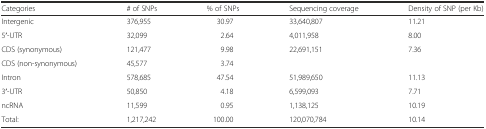
<table><thead><tr><td><b>Categories</b></td><td><b># of SNPs</b></td><td><b>% of SNPs</b></td><td><b>Sequencing coverage</b></td><td><b>Density of SNP (per Kb)</b></td></tr></thead><tbody><tr><td>Intergenic</td><td>376,955</td><td>30.97</td><td>33,640,807</td><td>11.21</td></tr><tr><td>5′-UTR</td><td>32,099</td><td>2.64</td><td>4,011,958</td><td>8.00</td></tr><tr><td>CDS (synonymous)</td><td>121,477</td><td>9.98</td><td rowspan="2">22,691,151</td><td rowspan="2">7.36</td></tr><tr><td>CDS (non-synonymous)</td><td>45,577</td><td>3.74</td></tr><tr><td>Intron</td><td>578,685</td><td>47.54</td><td>51,989,650</td><td>11.13</td></tr><tr><td>3′-UTR</td><td>50,850</td><td>4.18</td><td>6,599,093</td><td>7.71</td></tr><tr><td>ncRNA</td><td>11,599</td><td>0.95</td><td>1,138,125</td><td>10.19</td></tr><tr><td>Total:</td><td>1,217,242</td><td>100.00</td><td>120,070,784</td><td>10.14</td></tr></tbody></table>